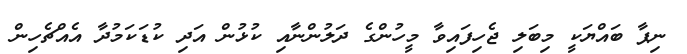
ނިޕާ ބައްޔަކީ މިބަލި ޖެހިފައިވާ މީހުންގެ ދަލުންނާއި ކުޅުން އަދި ކުޑަކަމުދާ އެއްޗެހިން